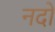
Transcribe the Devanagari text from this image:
नदों